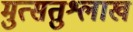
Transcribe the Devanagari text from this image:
मुत्सतुश्लाख